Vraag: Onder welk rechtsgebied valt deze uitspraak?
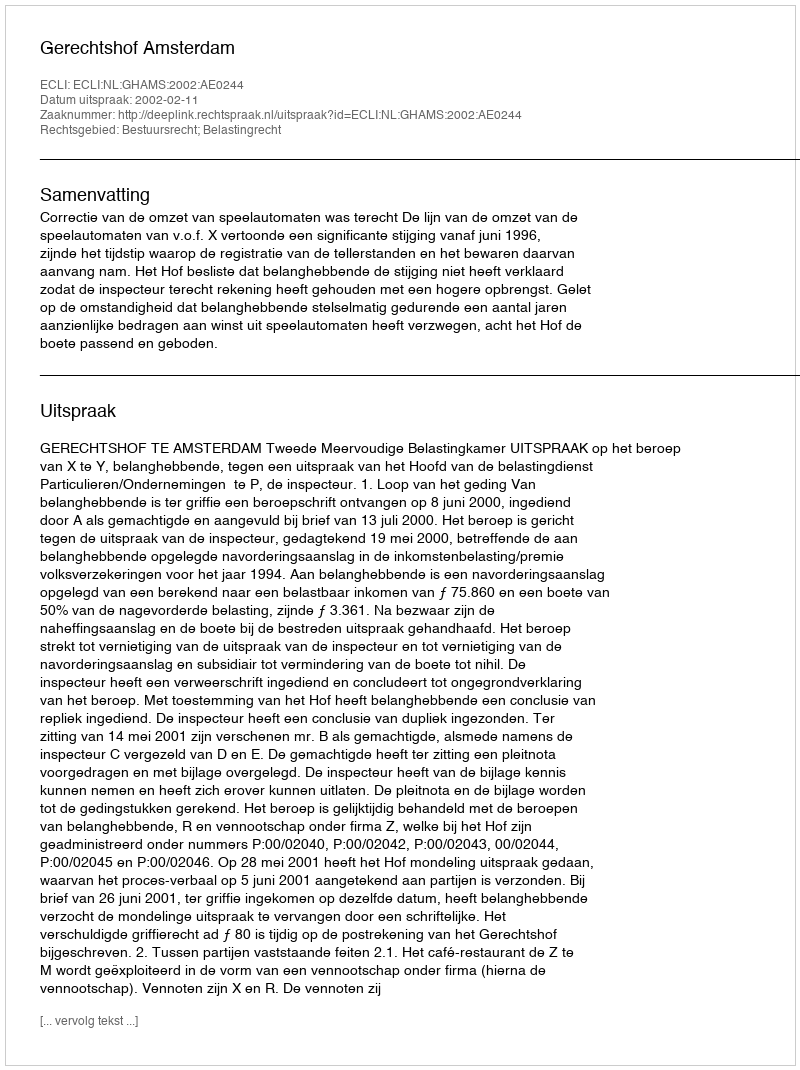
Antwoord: Bestuursrecht; Belastingrecht